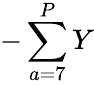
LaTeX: -\sum\limits_{a=7}^{P}Y